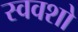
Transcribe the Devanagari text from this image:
स्ववशो